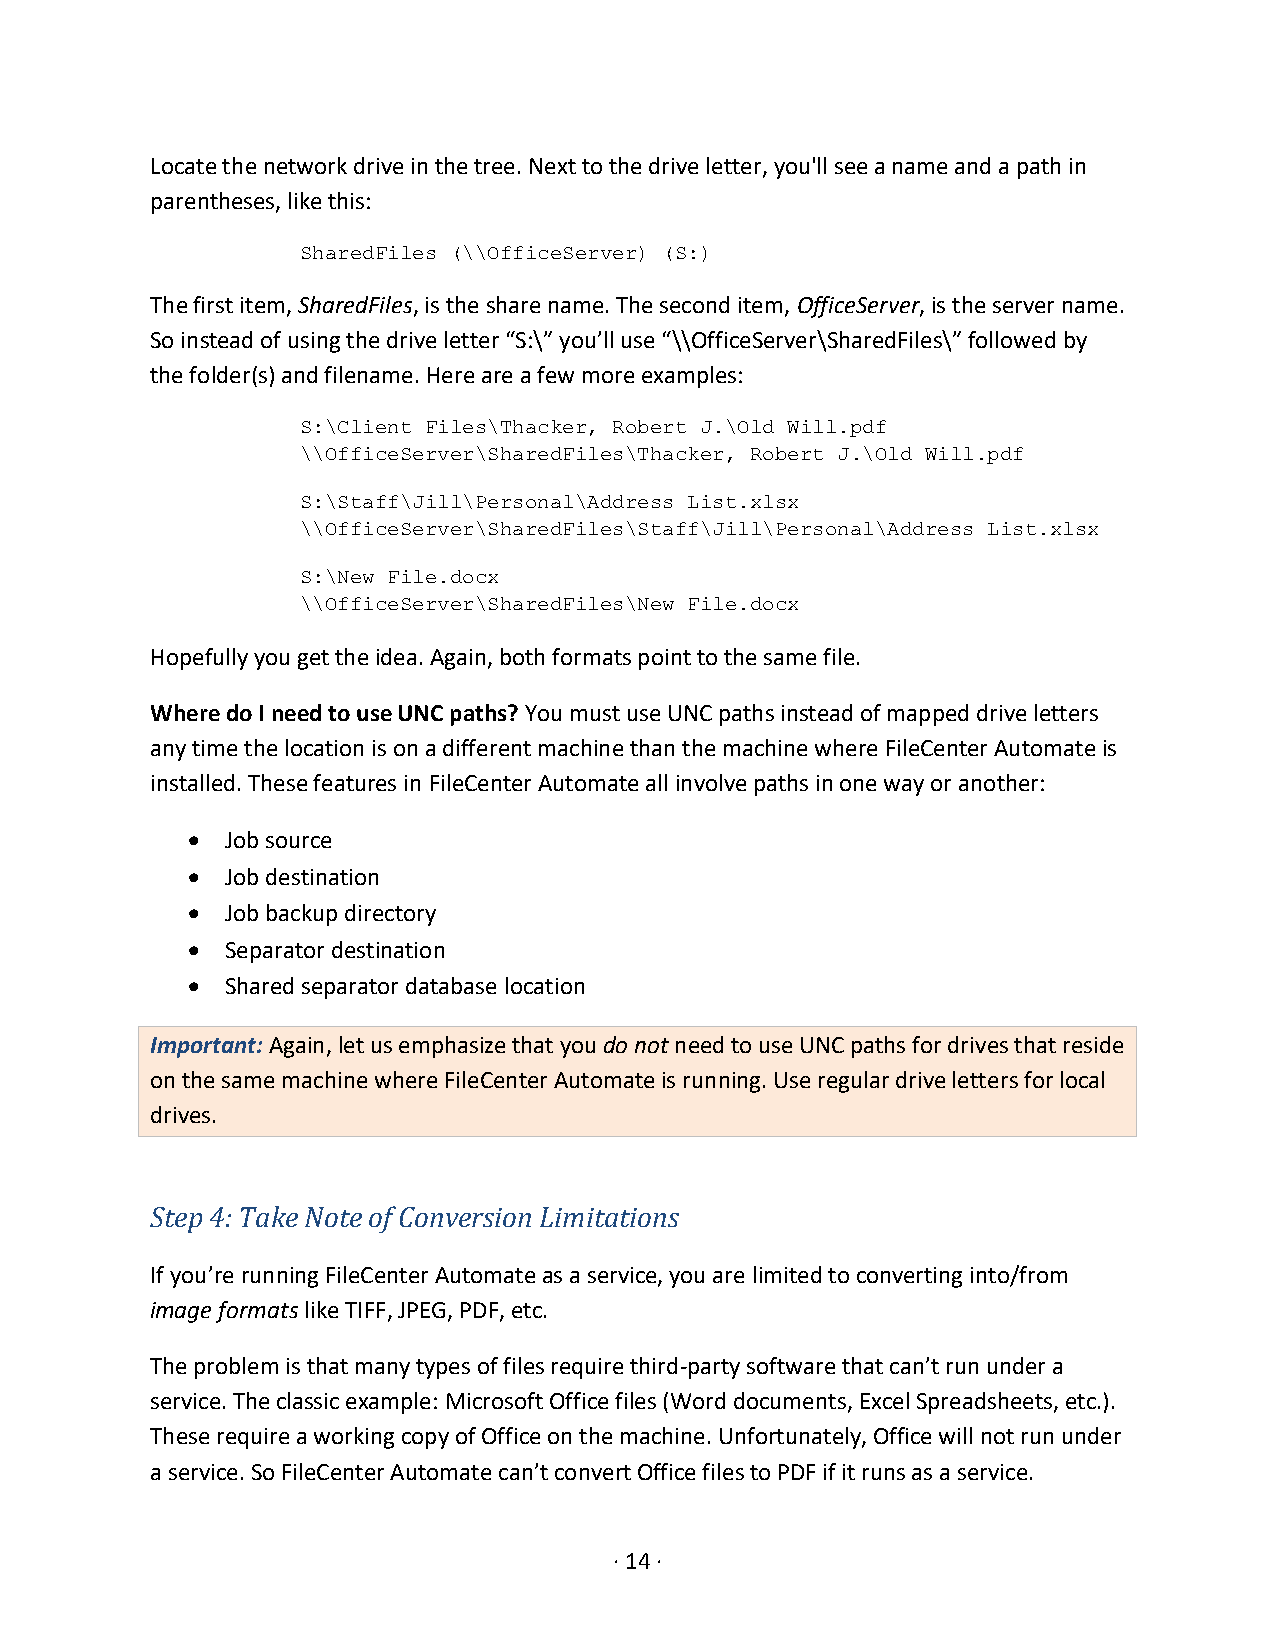
Locate the network drive in the tree. Next to the drive letter, you'll see a name and a path in
 parentheses, like this:
 SharedFiles (\\OfficeServer) (S:)
 The first item, SharedFiles, is the share name. The second item, OfficeServer, is the server name.
 So instead of using the drive letter “S:\” you’ll use “\\OfficeServer\SharedFiles\” followed by
 the folder(s) and filename. Here are a few more examples:
 S:\Client Files\Thacker, Robert J.\Old Will.pdf
 \\OfficeServer\SharedFiles\Thacker, Robert J.\Old Will.pdf
 S:\Staff\Jill\Personal\Address List.xlsx
 \\OfficeServer\SharedFiles\Staff\Jill\Personal\Address List.xlsx
 S:\New File.docx
 \\OfficeServer\SharedFiles\New File.docx
 Hopefully you get the idea. Again, both formats point to the same file.
 Where do I need to use UNC paths? You must use UNC paths instead of mapped drive letters
 any time the location is on a different machine than the machine where FileCenter Automate is
 installed. These features in FileCenter Automate all involve paths in one way or another:
 •  Job source
 •  Job destination
 •  Job backup directory
 •  Separator destination
 •  Shared separator database location
 Important: Again, let us emphasize that you do not need to use UNC paths for drives that reside
 on the same machine where FileCenter Automate is running. Use regular drive letters for local
 drives.
 Step 4: Take Note of Conversion Limitations
 If you’re running FileCenter Automate as a service, you are limited to converting into/from
 image formats like TIFF, JPEG, PDF, etc.
 The problem is that many types of files require third-party software that can’t run under a
 service. The classic example: Microsoft Office files (Word documents, Excel Spreadsheets, etc.).
 These require a working copy of Office on the machine. Unfortunately, Office will not run under
 a service. So FileCenter Automate can’t convert Office files to PDF if it runs as a service.
 · 14 ·